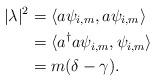
LaTeX: \begin{align*} |\lambda|^2 &= \langle a\psi_{i,m}, a\psi_{i,m}\rangle \\ &= \langle a^{\dagger}a \psi_{i,m},\psi_{i,m}\rangle \\ &= m(\delta-\gamma).\end{align*}